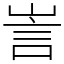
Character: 訔